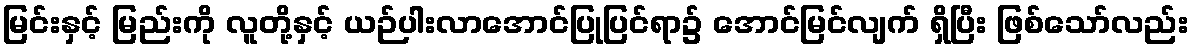
မြင်းနှင့် မြည်းကို လူတို့နှင့် ယဉ်ပါးလာအောင်ပြုပြင်ရာ၌ အောင်မြင်လျက် ရှိပြီး ဖြစ်သော်လည်း